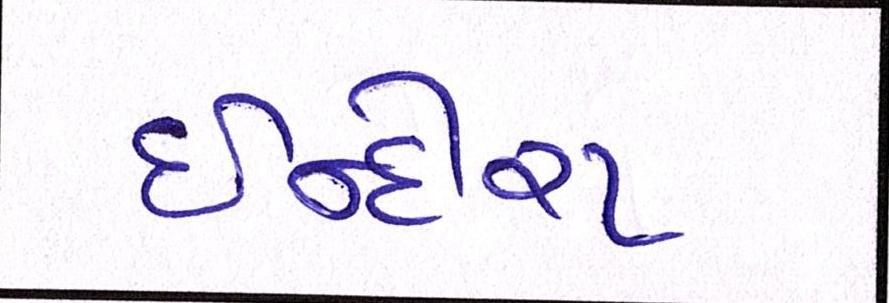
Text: ઈન્દીરા